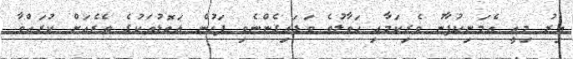
އިރު މިއީ އެމަނިކުފާނު ވެރިކަމާއި ހަވާލުވެ ވަޑައިގެންނެވި ފަހުން އަތޮޅުތަކުގެ ތެރެއަށް ކުރައްވާ